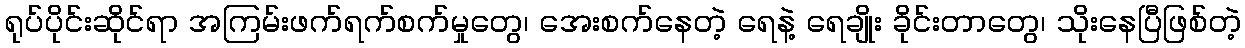
ရုပ်ပိုင်းဆိုင်ရာ အကြမ်းဖက်ရက်စက်မှုတွေ၊ အေးစက်နေတဲ့ ရေနဲ့ ရေချိုး ခိုင်းတာတွေ၊ သိုးနေပြီဖြစ်တဲ့